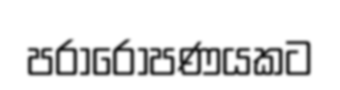
පරාරෝපණයකට